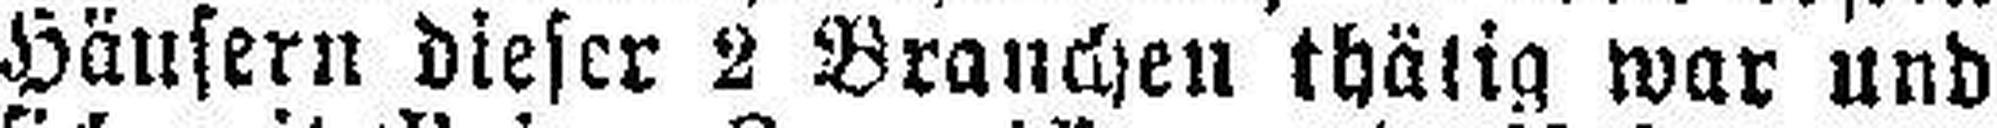
Häusern dieser 2 Branchen thätig war und